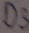
Text: D3